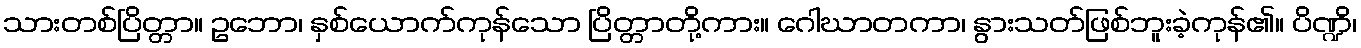
သားတစ်ပြိတ္တာ။ ဥဘော၊ နှစ်ယောက်ကုန်သော ပြိတ္တာတို့ကား။ ဂေါဃာတကာ၊ နွားသတ်ဖြစ်ဘူးခဲ့ကုန်၏။ ပိဏ္ဍိ၊